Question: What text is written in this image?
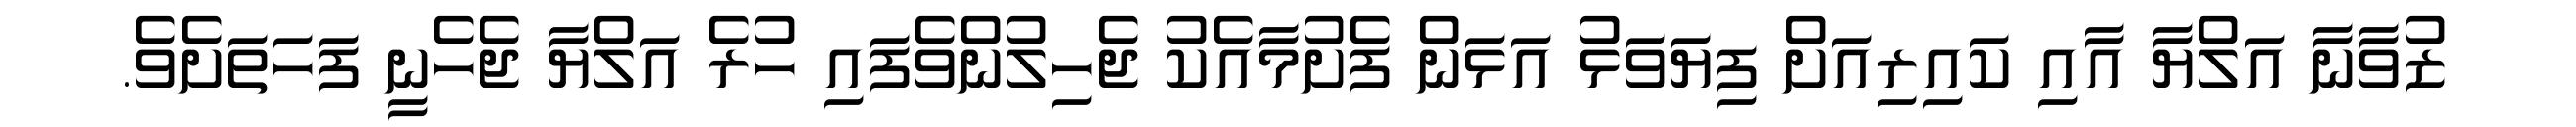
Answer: ޒުވާނާ އަލްޔާ އާއި ކައިރިއަށް ފިޔަވަޅު އަޅަން ފެށުމާއެކު ޖެހިލުންވެފައި ހުރެ އަލްޔާ ޖެހެނީ ފަހަތަށެވެ.